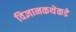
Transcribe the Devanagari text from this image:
विज्ञानकथेकडे